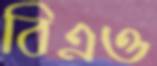
বিএও